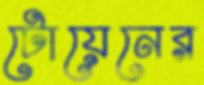
টোয়েনের